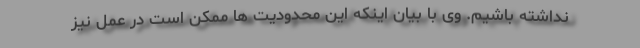
نداشته باشیم. وی با بیان اینکه این محدودیت ها ممکن است در عمل نیز